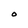
Character: O